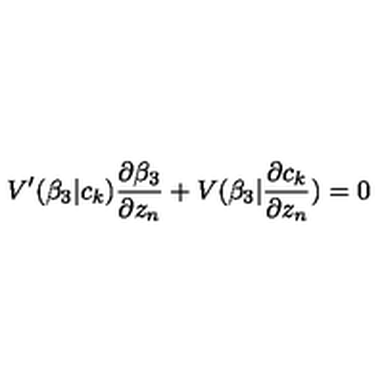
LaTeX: V ^ { \prime } ( \beta _ { 3 } | c _ { k } ) \frac { \partial \beta _ { 3 } } { \partial z _ { n } } + V ( \beta _ { 3 } | \frac { \partial c _ { k } } { \partial z _ { n } } ) = 0